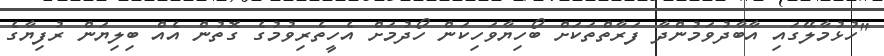
"ހުޅުމާލޭގައި އާބާދުވަމުންދާ ފަރާތްތަކަށް ބޯހިޔާވަހިކަން ހޯދުމަށް އެހީތެރިވުމުގެ ގޮތުން އެއް ބިލިޔަން ރުފިޔާގެ